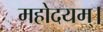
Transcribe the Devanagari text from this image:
महोदयम्।